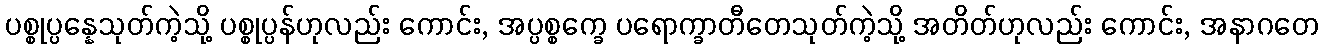
ပစ္စုပ္ပန္နေသုတ်ကဲ့သို့ ပစ္စုပ္ပန်ဟုလည်း ကောင်း, အပ္ပစ္စက္ခေ ပရောက္ခာတီတေသုတ်ကဲ့သို့ အတိတ်ဟုလည်း ကောင်း, အနာဂတေ